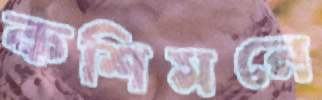
কশিমনে